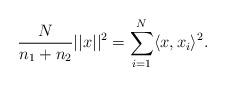
LaTeX: \begin{align*}\frac N {n_1+n_2} ||x||^2 = \sum\limits_{i=1}^N \langle x, x_i \rangle ^2. \end{align*}